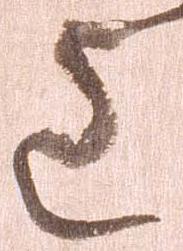
道